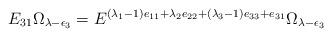
LaTeX: \begin{align*}E_{31}\Omega_{\lambda-\epsilon_3}=E^{(\lambda_1-1)e_{11}+\lambda_2e_{22} +(\lambda_3-1)e_{33}+e_{31}}\Omega_{\lambda-\epsilon_3}\end{align*}